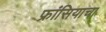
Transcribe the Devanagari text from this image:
फ्रांसियाचा